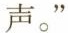
声。”